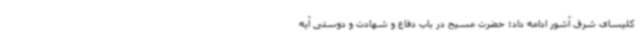
کلیسای شرق آشور ادامه داد: حضرت مسیح در باب دفاع و شهادت و دوستی آیه